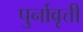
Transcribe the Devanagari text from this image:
पुर्नावृत्ती